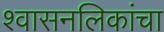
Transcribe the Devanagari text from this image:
श्वासनलिकांचा